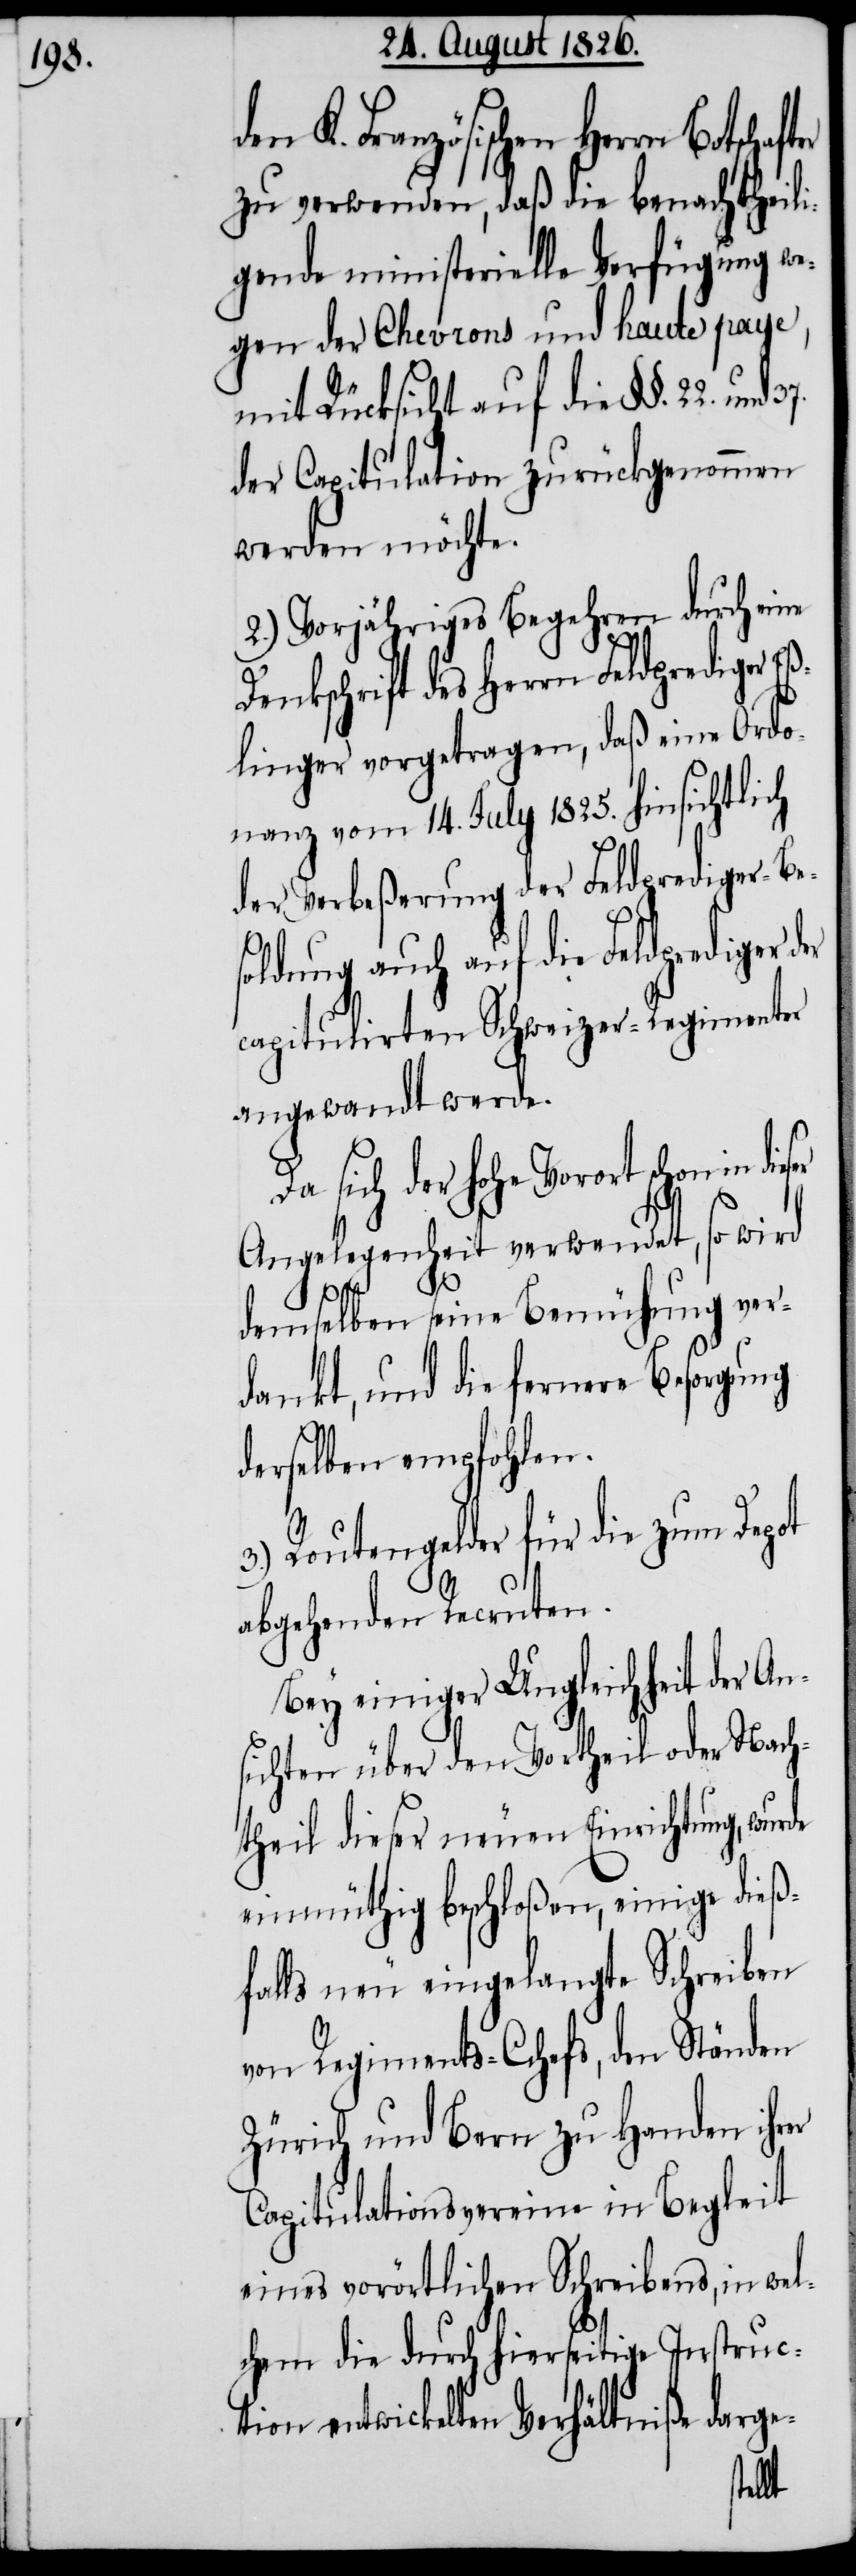
den K. Französischen Herrn
zu verwenden, daß die benachtheili¬
gende ministerielle Verfügung we¬
gen der Chevrons und haute paye,
mit Rücksicht auf die § §. 22.
der Capitulation zurückgenommen
werden möchte.
2.) Vorjähriges Begehren durch eine
Denkschrift des Herrn Feldprediger E¬
ßlinger vorgetragen, daß eine Ordo¬
nanz vom 14. July 1825. hinsichtlich
der Verbeßerung der Feldprediger-Be¬
soldung auch auf die Feldprediger
capitulirten Schweizer-Regimenter
angewandt werde.
Da sich der hohe Vorort schon in
Angelegenheit verwendet, so wird
dieser
demselben seine Bemühung ver¬
dankt, und die fernere Besorgung
derselben empfohlen.
3.) Routengelder für die zum Depot
abgehenden Recruten.
Bey einiger Ungleichheit der An¬
sichten über den Vortheil oder Nach¬
theil dieser neuen Einrichtung,
einmüthig beschloßen, einige dieß¬
falls neu eingelangte Schreiben
von Regiments-Chefs, den Ständen
Zürich und Bern zu Handen ihrer
Capitulationsvereine in Begleit
eines vorörtlichen Schreibens, in wel¬
chem die durch hierseitige Instruc¬
tion entwickelten Verhältniße darge-